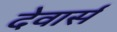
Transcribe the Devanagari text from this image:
देवार्स